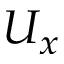
U _ { x }